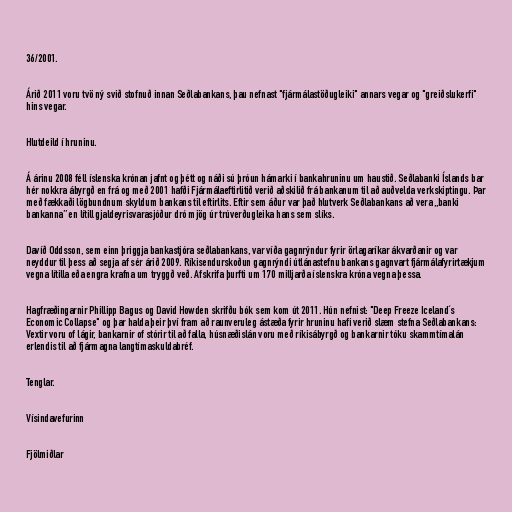
36/2001.

Árið 2011 voru tvö ný svið stofnuð innan Seðlabankans, þau nefnast "fjármálastöðugleiki" annars vegar og "greiðslukerfi"
hins vegar.

Hlutdeild í hruninu.

Á árinu 2008 féll íslenska krónan jafnt og þétt og náði sú þróun hámarki í bankahruninu um haustið. Seðlabanki Íslands bar
hér nokkra ábyrgð en frá og með 2001 hafði Fjármálaeftirlitið verið aðskilið frá bankanum til að auðvelda verkskiptingu. Þar
með fækkaði lögbundnum skyldum bankans til eftirlits. Eftir sem áður var það hlutverk Seðlabankans að vera „banki
bankanna” en lítill gjaldeyrisvarasjóður dró mjög úr trúverðugleika hans sem slíks.

Davíð Oddsson, sem einn þriggja bankastjóra seðlabankans, var víða gagnrýndur fyrir örlagaríkar ákvarðanir og var
neyddur til þess að segja af sér árið 2009. Ríkisendurskoðun gagnrýndi útlánastefnu bankans gagnvart fjármálafyrirtækjum
vegna lítilla eða engra krafna um tryggð veð. Afskrifa þurfti um 170 milljarða íslenskra króna vegna þessa.

Hagfræðingarnir Phillipp Bagus og David Howden skrifðu bók sem kom út 2011. Hún nefnist: "Deep Freeze Iceland´s
Economic Collapse" og þar halda þeir því fram að raunveruleg ástæða fyrir hruninu hafi verið slæm stefna Seðlabankans:
Vextir voru of lágir, bankarnir of stórir til að falla, húsnæðislán voru með ríkisábyrgð og bankarnir tóku skammtímalán
erlendis til að fjármagna langtímaskuldabréf.

Tenglar.

Vísindavefurinn

Fjölmiðlar